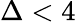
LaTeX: \Delta<4